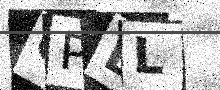
Text: QPDL